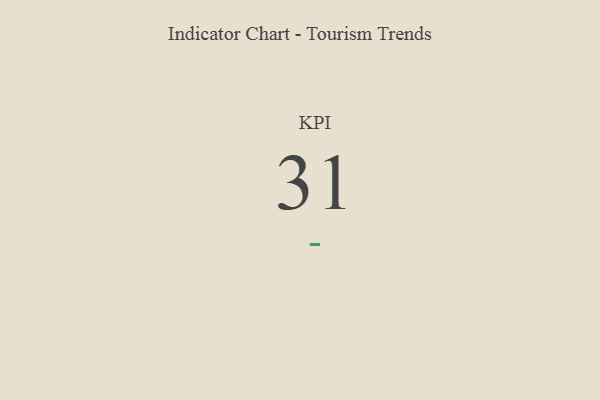
{"axis": {"x": "KPI", "y": "Value"}, "legend": [""], "data": [{"x": "KPI", "y": 31, "type": ""}]}